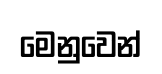
මෙනුවෙන්